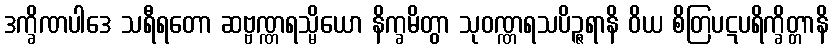
ဒက္ခိဏပါဒေ သရီရတော ဆဗ္ဗဏ္ဏရသ္မိယော နိက္ခမိတွာ သုဝဏ္ဏရသပိဉ္ဇရာနိ ဝိယ စိတြပဋပရိက္ခိတ္တာနိ